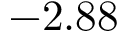
- 2 . 8 8